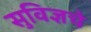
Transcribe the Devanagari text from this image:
सुविज्ञचे